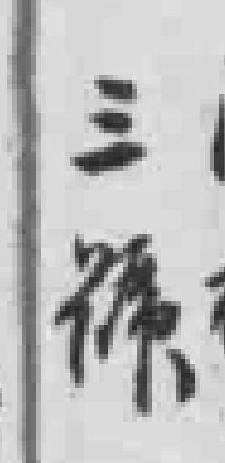
三號